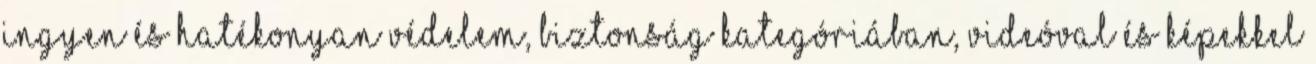
ingyen és hatékonyan Védelem, biztonság kategóriában, videóval és képekkel